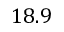
1 8 . 9